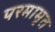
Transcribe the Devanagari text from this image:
परमामृत